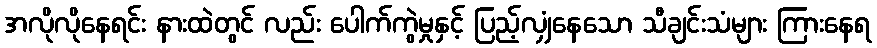
အလိုလိုနေရင်း နားထဲတွင် လည်း ပေါက်ကွဲမှုနှင့် ပြည့်လျှံနေသော သီချင်းသံများ ကြားနေရ